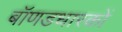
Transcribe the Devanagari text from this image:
बॉणडधारकों